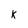
Character: k